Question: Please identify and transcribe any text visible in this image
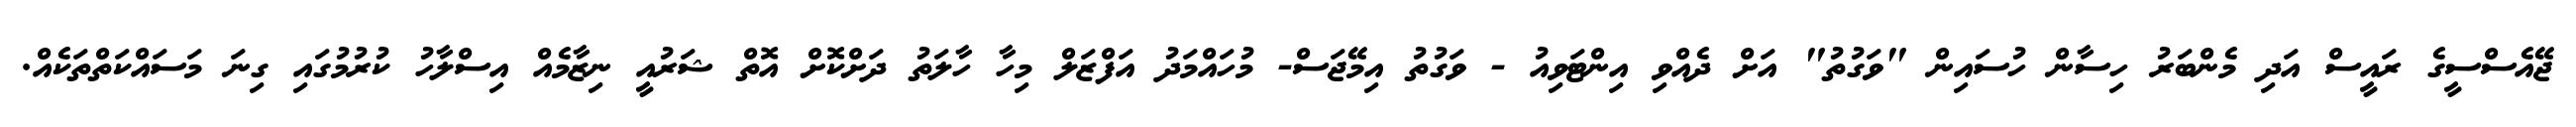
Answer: ޖޭއެސްސީގެ ރައީސް އަދި މެންބަރު ހިސާން ހުސައިން "ވަގުތު" އަށް ދެއްވި އިންޓަވިއު - ވަގުތު އިމޭޖަސް- މުހައްމަދު އަފްޒަލް މިހާ ހާލަތު ދަށްކޮށް އޮތް ޝަރުއީ ނިޒާމެއް އިސްލާހު ކުރުމުގައި ގިނަ މަސައްކަތްތަކެއް.